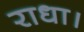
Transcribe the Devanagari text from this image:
राधा।